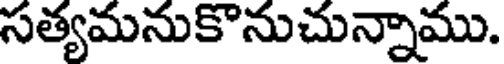
సత్యమనుకొనుచున్నాము.